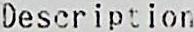
DESCRIPTION